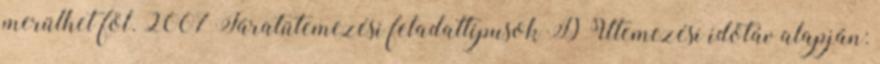
merülhet föl. 2007 Járatütemezési feladattípusok D Ütemezési időtáv alapján: